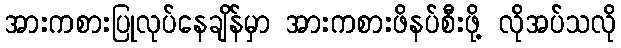
အားကစားပြုလုပ်နေချိန်မှာ အားကစားဖိနပ်စီးဖို့ လိုအပ်သလို